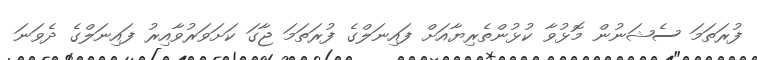
ފުރަތަމަ ސެޝަނުން މޮޅުވާ ކުޅުންތެރިޔާއަށް ފައިނަލްގެ ފުރަތަމަ ޖާގަ ކަށަވަރުވާއިރު ފައިނަލްގެ ދެވަނަ